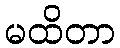
မထိတာ